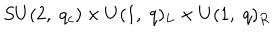
LaTeX: S U ( 2 , \; q _ { c } ) \times U ( 1 , \; q ) _ { L } \times U ( 1 , \; q ) _ { R }